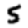
Digit: 5